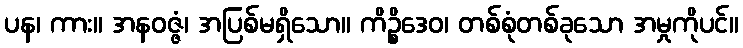
ပန၊ ကား။ အနဝဇ္ဇံ၊ အပြစ်မရှိသော။ ကိဉ္စိဒေဝ၊ တစ်စုံတစ်ခုသော အမှုကိုပင်။